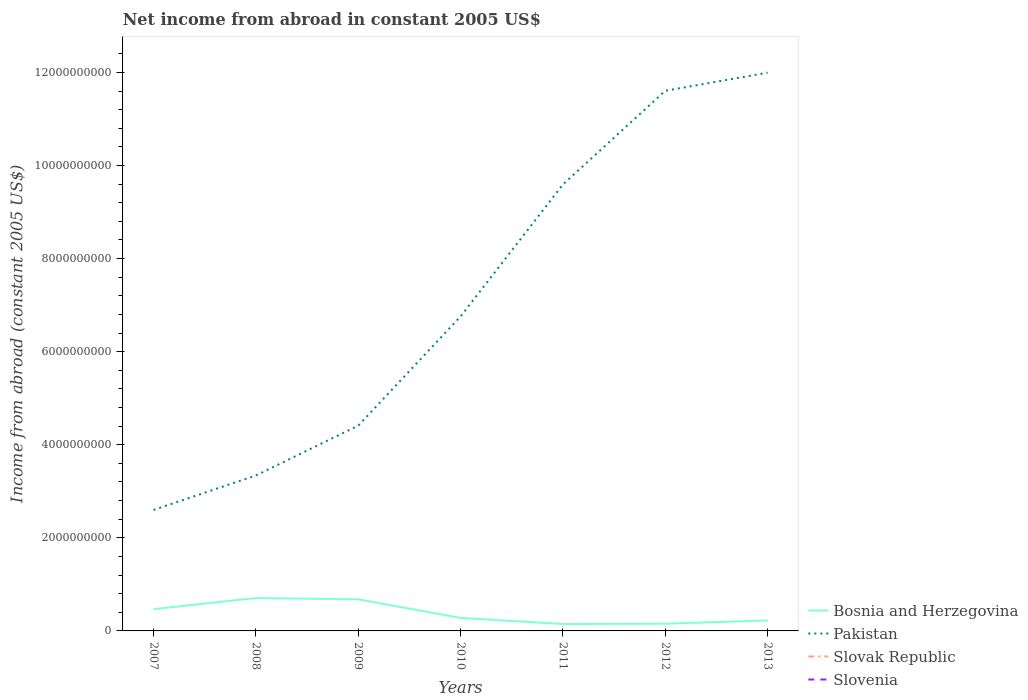
| Years | Bosnia and Herzegovina | Pakistan | Slovak Republic | Slovenia |
 | --- | --- | --- | --- | --- |
 | 2007 | 4.69e+08 | 2.6e+09 | -2.56e+09 | -9.44e+08 |
 | 2008 | 7.06e+08 | 3.34e+09 | -1.86e+09 | -1.28e+09 |
 | 2009 | 6.78e+08 | 4.41e+09 | -6.03e+08 | -6.73e+08 |
 | 2010 | 2.79e+08 | 6.76e+09 | -2.08e+09 | -4.47e+08 |
 | 2011 | 1.49e+08 | 9.59e+09 | -3.52e+09 | -4.08e+08 |
 | 2012 | 1.55e+08 | 1.16e+10 | -1.94e+09 | -3.28e+08 |
 | 2013 | 2.26e+08 | 1.2e+10 | -1.74e+09 | -2.67e+08 |